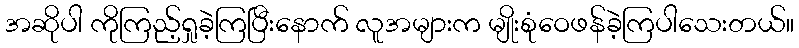
အဆိုပါ ကိုကြည့်ရှုခဲ့ကြပြီးနောက် လူအများက မျိုးစုံဝေဖန်ခဲ့ကြပါသေးတယ်။